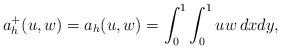
LaTeX: \begin{align*}a_h^+(u,w)=a_h(u,w) = \int_0^1\int_0^1 uw \, dx dy,\end{align*}